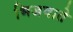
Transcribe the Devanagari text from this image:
भिजवाते